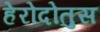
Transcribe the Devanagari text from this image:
हेरोदोतुस